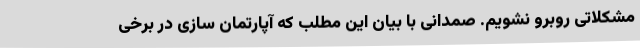
مشکلاتی روبرو نشویم. صمدانی با بیان این مطلب که آپارتمان سازی در برخی